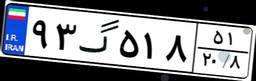
۹۳گ۵۱۸۵۱